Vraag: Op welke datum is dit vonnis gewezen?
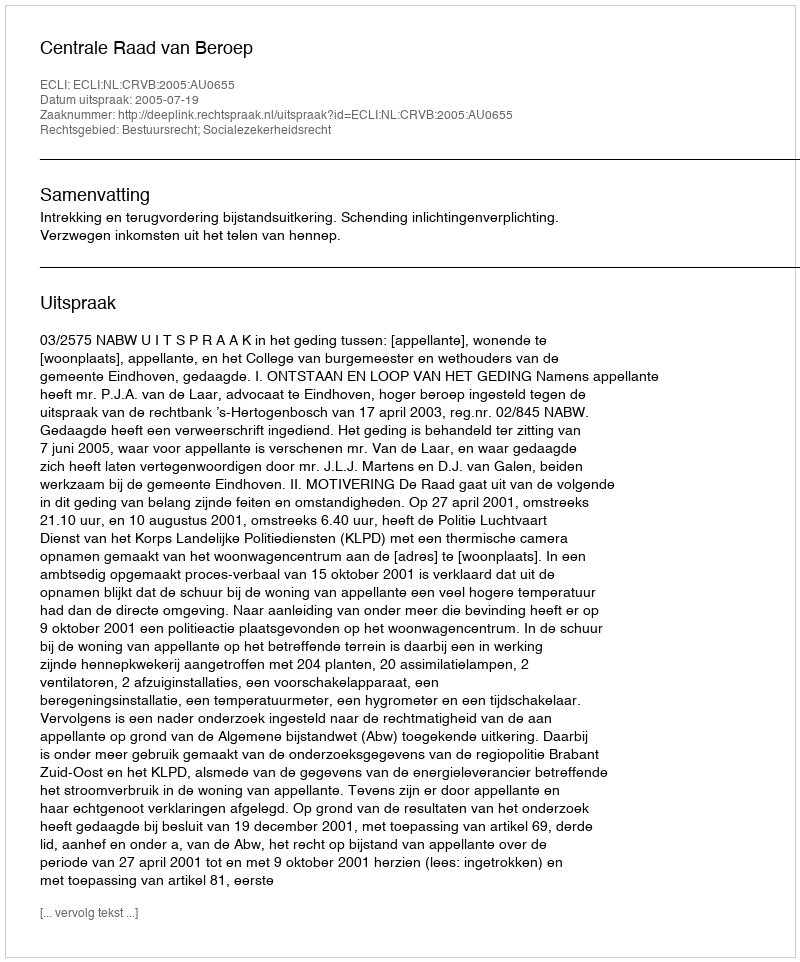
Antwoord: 2005-07-19